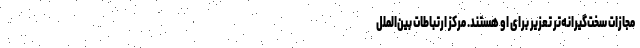
مجازات سخت‌گیرانه‌تر تعزیر برای او هستند. مرکز ارتباطات بین‌الملل